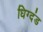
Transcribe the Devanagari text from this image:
धिग्दंड